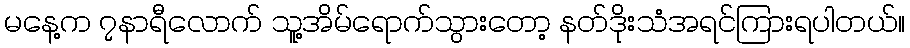
မနေ့က ၇နာရီလောက် သူ့အိမ်ရောက်သွားတော့ နတ်ဒိုးသံအရင်ကြားရပါတယ်။